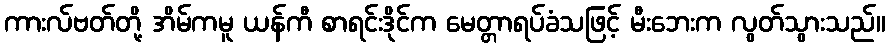
ကားလ်ဗတ်တို့ အိမ်ကမူ ယန်ကီ စာရင်းဒိုင်က မေတ္တာရပ်ခံသဖြင့် မီးဘေးက လွတ်သွားသည်။